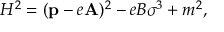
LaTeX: H ^ { 2 } = ( { \bf p } - e { \bf A } ) ^ { 2 } - e B \sigma ^ { 3 } + m ^ { 2 } ,